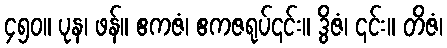
၄၅၀။ ပုန၊ ဖန်။ ဧကဇံ၊ ဧကဇရုပ်၎င်း။ ဒွိဇံ၊ ၎င်း။ တိဇံ၊